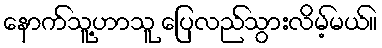
နောက်သူ့ဟာသူ ပြေလည်သွားလိမ့်မယ်။